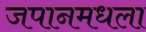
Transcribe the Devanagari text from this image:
जपानमधला